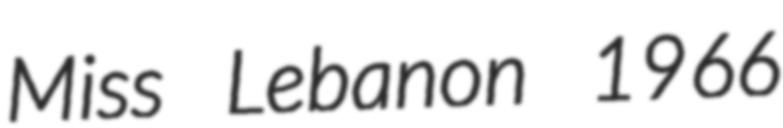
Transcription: Miss Lebanon 1966